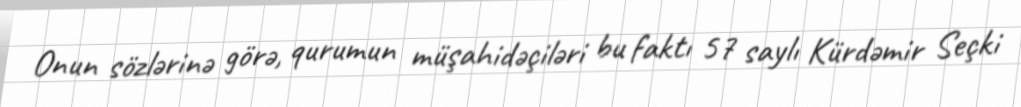
Onun sözlərinə görə, qurumun müşahidəçiləri bu faktı 57 saylı Kürdəmir Seçki